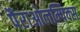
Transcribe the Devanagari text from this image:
पैराओलम्पिक्स